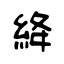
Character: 絳